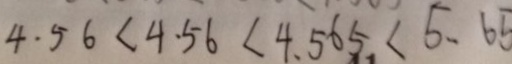
4 . 5 6 < 4 . 5 6 < 4 . 5 6 5 < 5 . 6 5